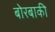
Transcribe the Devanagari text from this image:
बोरबाकी